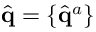
\hat { \bf { q } } = \{ \hat { \bf { q } } ^ { a } \}